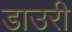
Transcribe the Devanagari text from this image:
डाउरी